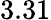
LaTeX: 3.31